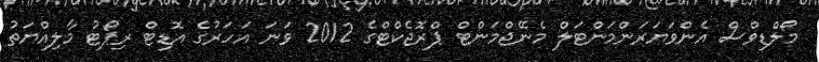
މޯލްޑިވްސް އެންވަޔަރަންމަންޓަލް މެނޭޖްމަންޓް ޕްރޮޖެކްޓްގެ 2012 ވަނަ އަހަރުގެ އޮޑިޓް ރިޕޯޓު މާލިއްޔަތު